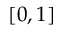
[ 0 , 1 ]